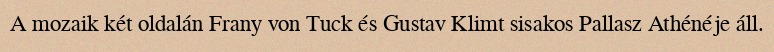
A mozaik két oldalán Frany von Tuck és Gustav Klimt sisakos Pallasz Athénéje áll.